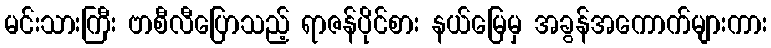
မင်းသားကြီး ဗာစီလီပြောသည့် ရာဇန်ပိုင်စား နယ်မြေမှ အခွန်အကောက်များကား